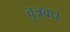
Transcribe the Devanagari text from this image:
वृत्रवध